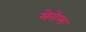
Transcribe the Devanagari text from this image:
मेरोप्स